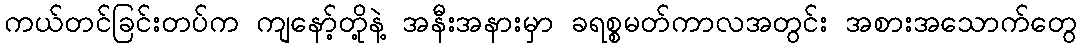
ကယ်တင်ခြင်းတပ်က ကျနော့်တို့နဲ့ အနီးအနားမှာ ခရစ္စမတ်ကာလအတွင်း အစားအသောက်တွေ